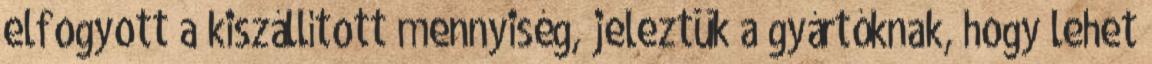
elfogyott a kiszállított mennyiség, jeleztük a gyártóknak, hogy lehet